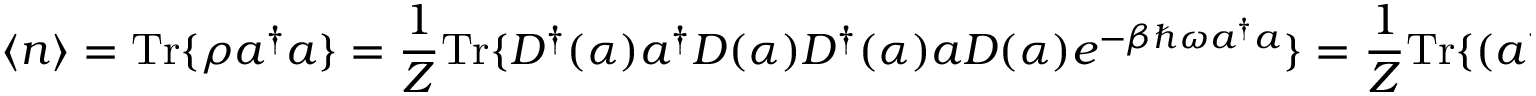
\langle n \rangle = { \mathrm { T r } } \{ \rho a ^ { \dagger } a \} = { \frac { 1 } { Z } } { \mathrm { T r } } \{ D ^ { \dagger } ( \alpha ) a ^ { \dagger } D ( { \alpha } ) D ^ { \dagger } ( \alpha ) a D ( \alpha ) e ^ { - \beta \hbar \omega a ^ { \dagger } a } \} = { \frac { 1 } { Z } } { \mathrm { T r } } \{ ( a ^ { \dagger } + \alpha ^ { * } ) ( a + \alpha ) e ^ { - \beta \hbar \omega a ^ { \dagger } a } \} =